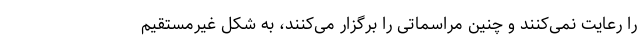
را رعایت نمی‌کنند و چنین مراسماتی را برگزار می‌کنند، به شکل غیرمستقیم